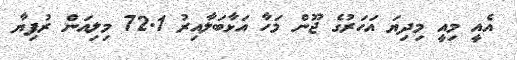
އެއީ މިއީ މިދިޔަ އަހަރުގެ ޖޫން މަހާ އަޅާބަލާއިރު 72.1 މިލިއަން ރުފިޔާ